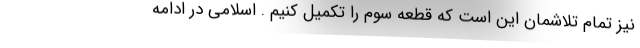
نیز تمام تلاشمان این است که قطعه سوم را تکمیل کنیم . اسلامی در ادامه